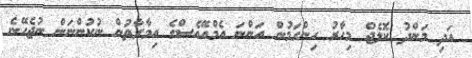
އަދި މަންދު ކޮލެޖް މިހާރު ހިންގަމުން އަންނަ އެމްއޭއެސްގެ އިމާރާތުން ނުކުންނަން ނުޖެހޭނެ